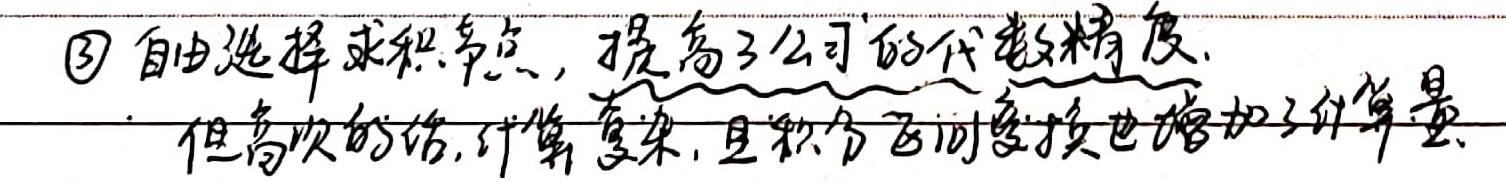
\textcircled{3}自由选择求积节点，提高了公式的代数精度.
但高次的话,计算复杂,且积分区间变换也增加了计算量